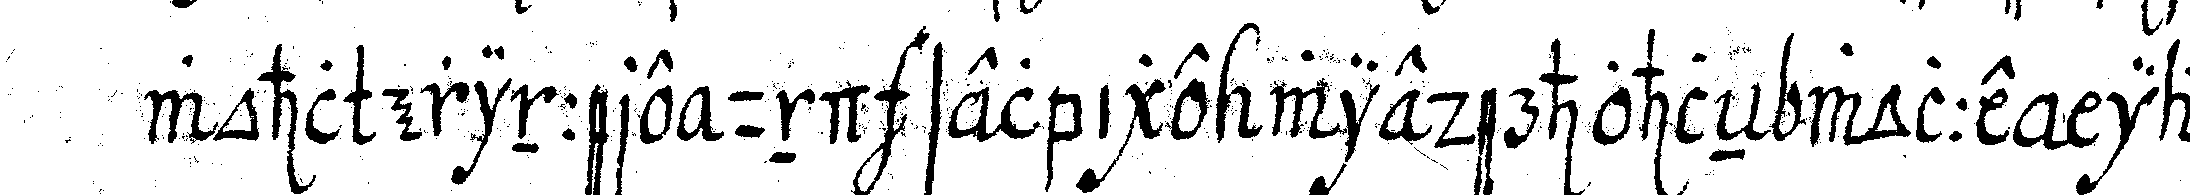
wohl erinnere und selbige wiederhohleN wolle ia